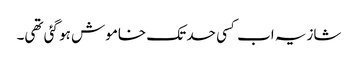
شازیہ اب کسی حد تک خاموش ہو گئی تھی۔